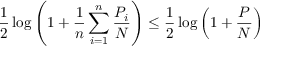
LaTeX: { \frac { 1 } { 2 } } \log \left( 1 + { \frac { 1 } { n } } \sum _ { i = 1 } ^ { n } { \frac { P _ { i } } { N } } \right) \leq { \frac { 1 } { 2 } } \log \left( 1 + { \frac { P } { N } } \right) \,